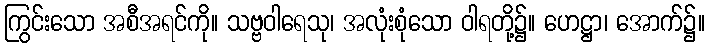
ကြွင်းသော အစီအရင်ကို။ သဗ္ဗဝါရေသု၊ အလုံးစုံသော ဝါရတို့၌။ ဟေဋ္ဌာ၊ အောက်၌။